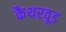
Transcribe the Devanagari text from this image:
कैथरवूड